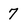
Character: 7